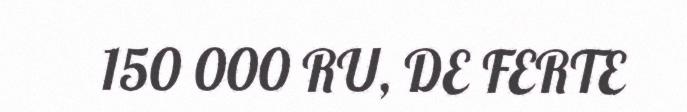
150 000 RU, DE FERTE